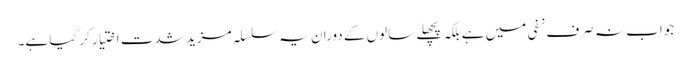
جواب نہ صرف نفی میں ہے بلکہ پچھلے سالوں کے دوران یہ سلسلہ مزید شدت اختیار کر گیا ہے۔